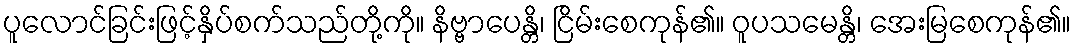
ပူလောင်ခြင်းဖြင့်နှိပ်စက်သည်တို့ကို။ နိဗ္ဗာပေန္တိ၊ ငြိမ်းစေကုန်၏။ ဝူပသမေန္တိ၊ အေးမြစေကုန်၏။